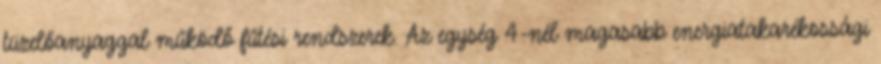
tüzelőanyaggal működő fűtési rendszerek. Az egység 4-nél magasabb energiatakarékossági